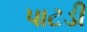
પાટડી